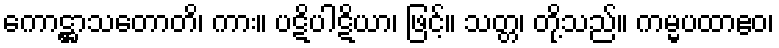
ကောဋ္ဌာသတောတိ၊ ကား။ ပဋိပါဋိယာ၊ ဖြင့်။ သတ္တ၊ တို့သည်။ ကမ္မပထာဧဝ၊